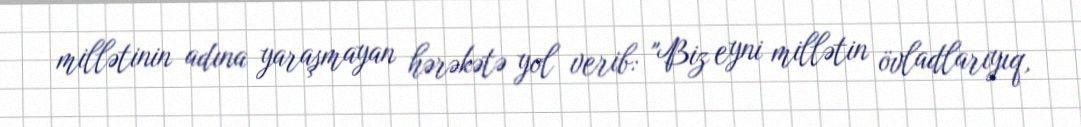
millətinin adına yaraşmayan hərəkətə yol verib: "Biz eyni millətin övladlarıyıq,